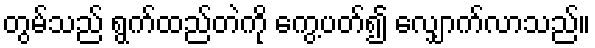
တွမ်သည် ရွက်ထည်တဲကို ကွေ့ပတ်၍ လျှောက်လာသည်။